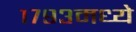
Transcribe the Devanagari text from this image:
१७९३मध्ये